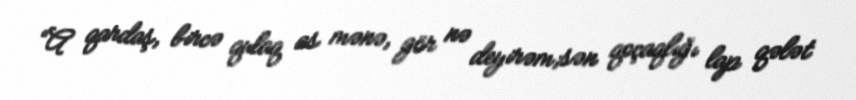
“A qardaş, bircə qulaq as mənə, gör nə deyirəm;sən qoçaqlığı lap qələt